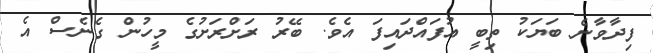
ފިދާވާނެ ބަޔަކު ތިބީ އުފައްދައިފަ އެވެ. ބޭރު ރަށްރަށުގެ މީހުން ގެނެސް އެ